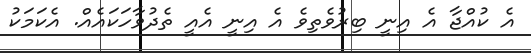
އެ ކުއްޖާ އެ އިނީ ބިރުވެތިވެ އެ އިނީ އެއީ ތެދުވާހަކައެއް. އެކަމަކު